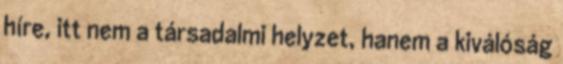
híre, itt nem a társadalmi helyzet, hanem a kiválóság